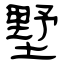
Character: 墅